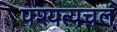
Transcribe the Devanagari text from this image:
पश्यत्यचलं